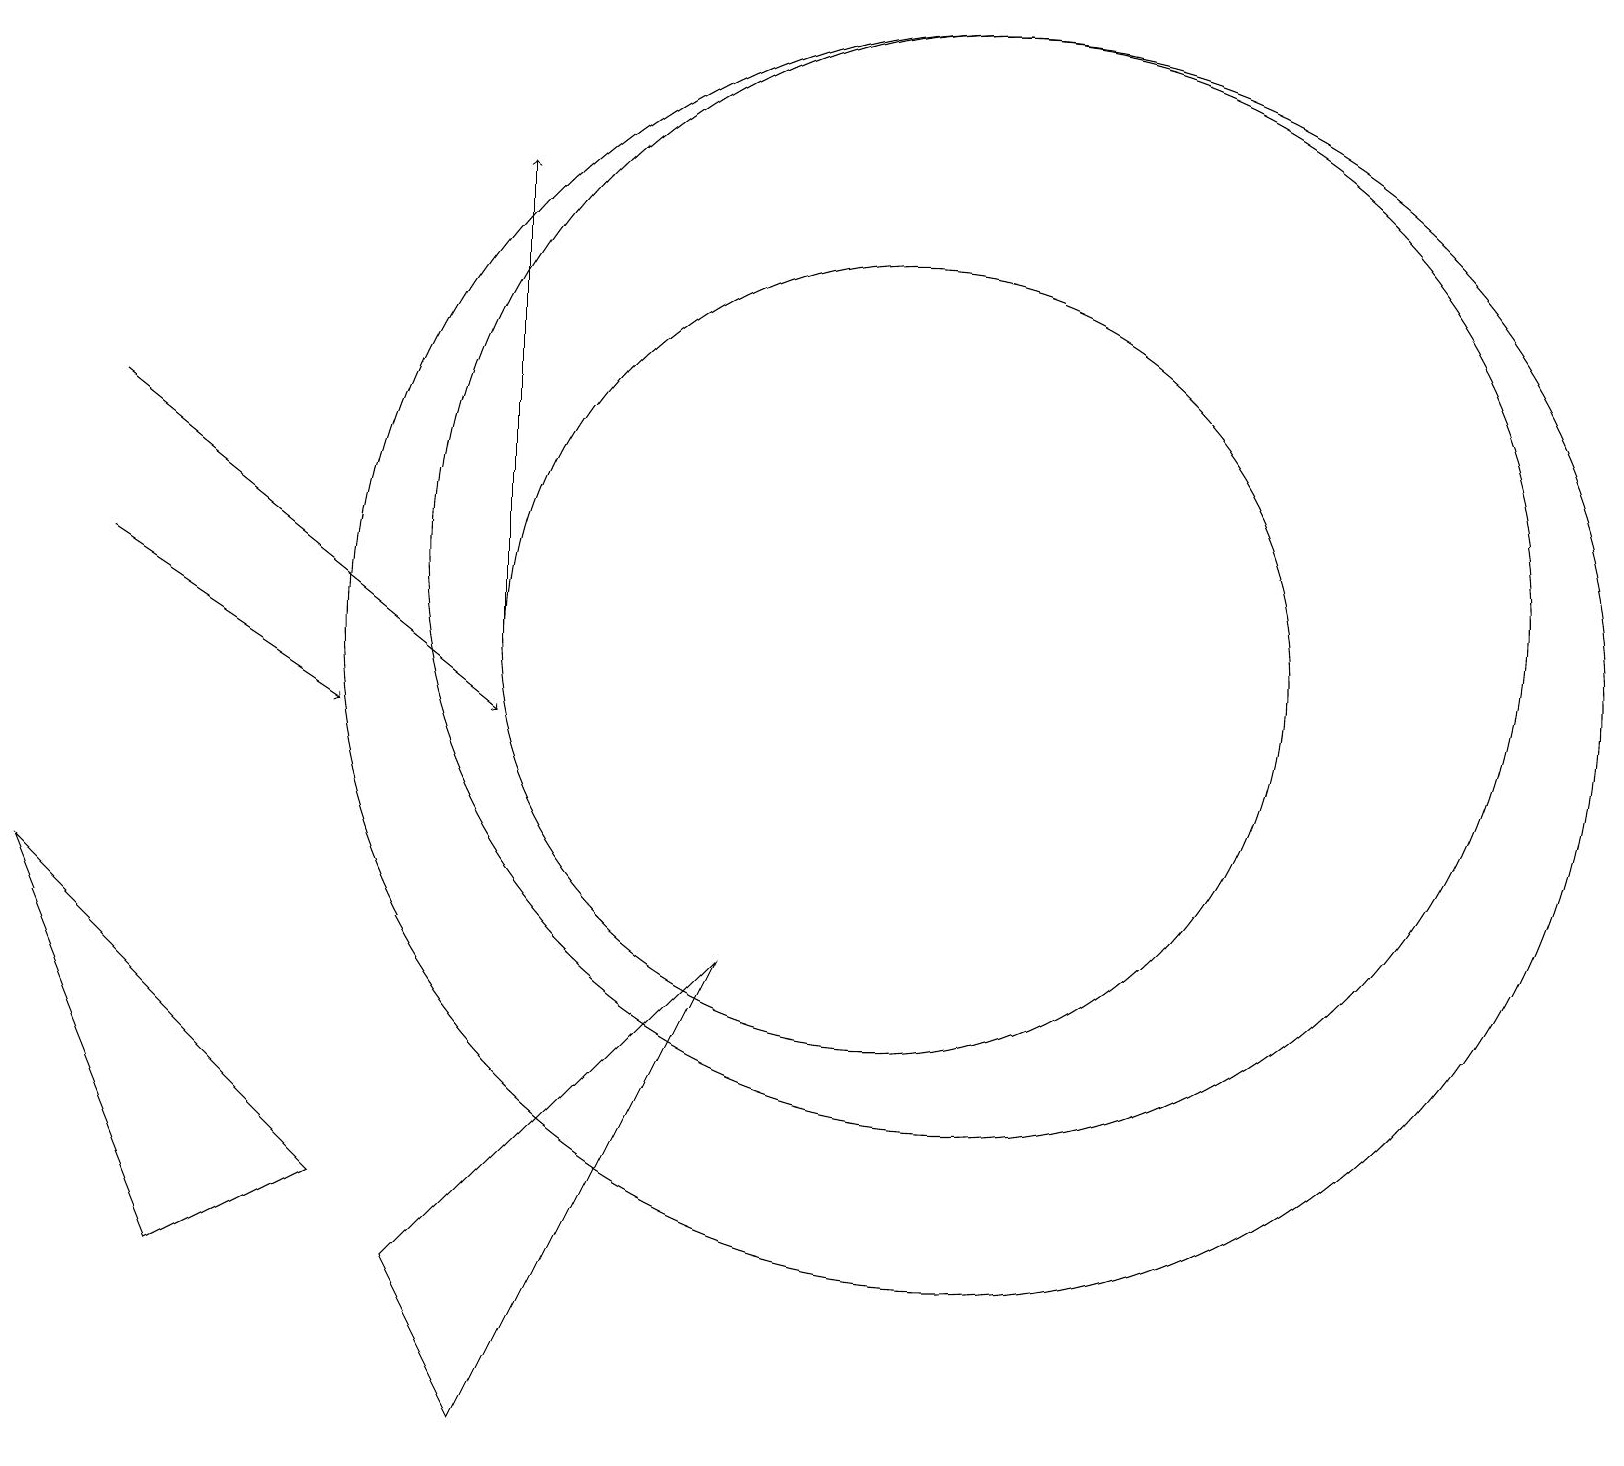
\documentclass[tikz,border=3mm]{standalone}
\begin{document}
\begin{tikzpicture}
\draw (11,11) circle (5);
\draw (12,11) circle (8);
\draw[->] (6,11) -- (6,17);
\draw (12,12) circle (7);
\draw (2,3) -- (4,4) -- (0,8) -- cycle;
\draw (6,1) -- (5,3) -- (9,7) -- cycle;
\draw[->] (1,12) -- (4,10);
\draw[->] (1,14) -- (6,10);
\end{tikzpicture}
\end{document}